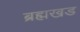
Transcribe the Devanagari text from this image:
ब्रह्मखड